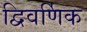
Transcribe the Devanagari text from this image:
द्विवर्णिक